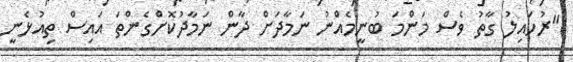
"ރުހައިލު ގާތު ވެސް މަންމަ ބުނީމެއްނު ނަމާދަށް ދާން ނަމާދުކޮށްގެންތަ އައިސް ތިއުޅެނީ